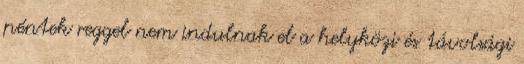
péntek reggel nem indulnak el a helyközi és távolsági